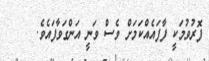
ފޮރުވުމަކީ ފާފައެއްކަމަށް ވެސް ވަނީ އަންގަވާފައެވެ.